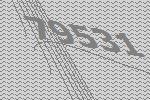
79531